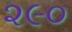
૨૯૦